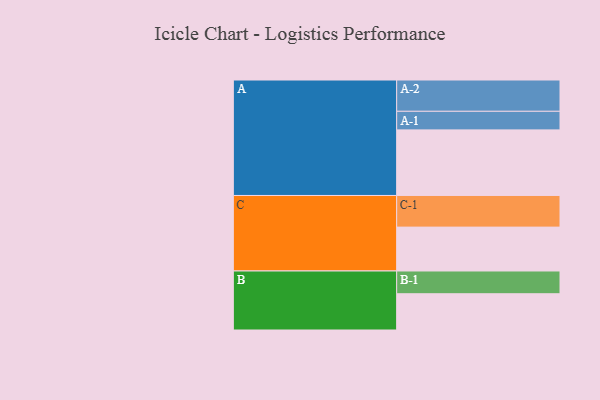
{"axis": {"x": "Segment", "y": "Value"}, "legend": ["", "A", "B", "C"], "data": [{"x": "A", "y": 568, "type": ""}, {"x": "B", "y": 314, "type": ""}, {"x": "C", "y": 380, "type": ""}, {"x": "A-1", "y": 161, "type": "A"}, {"x": "A-2", "y": 271, "type": "A"}, {"x": "B-1", "y": 197, "type": "B"}, {"x": "C-1", "y": 274, "type": "C"}]}